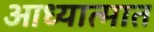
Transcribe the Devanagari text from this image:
आध्यात्मात